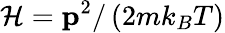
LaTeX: {\mathcal{H}}=\mathbf{p}^{2}/\left(2mk_{B}T\right)